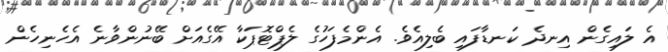
އެ ލައިގެން އިނދެ ކަނޑާފައި ބެލިއެވެ. އެންމެފަހުގެ ލެޕްޓޮޕަކާ އޭގެއަށް ބޭނުންވާނެ އެހެނިހެން